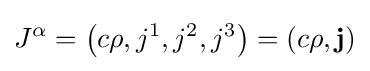
J^{\alpha }=\left(c\rho ,j^{1},j^{2},j^{3}\right)=\left(c\rho ,\mathbf {j} \right)